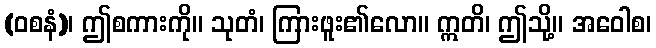
(ဝစနံ)၊ ဤစကားကို။ သုတံ၊ ကြားဖူး၏လော။ ဣတိ၊ ဤသို့။ အဝေါစ၊